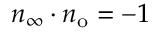
n _ { \infty } \cdot n _ { \mathrm { o } } = - 1